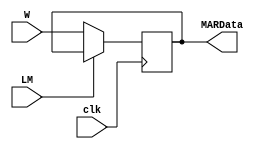
module MAR(W, clk, LM, MARData);
	input [7:0] W;
	input clk, LM;
	output reg [7:0]MARData;

	
	always @(negedge clk)
		if (~LM)
			MARData <= W;
endmodule